Lunatic asylums United Prov. 1922-30 - 1922-1930
Year: 1922
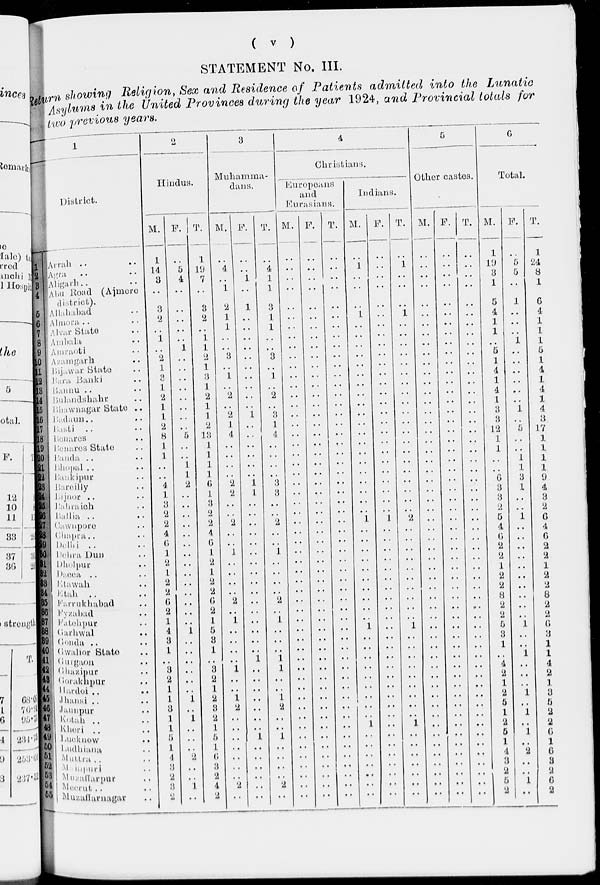
( v )
STATEMENT No. III.
Return showing Religion, Sex and Residence of Patients admitted into the Lunatic
Asylums in the United Provinces during the year 1924, and Provincial totals for
two previous years.
1
District.
1
2
3
4
5
6
7
8
9
10
11
12 13
14
15
16
17
18
19
20
21
22
23
24
25
26
27
28
29
30
31
32
Arrah .. ..
Agra .. ..
Aligarh .. ..
Abu Road (Ajmere
district).
Allahabad ..
Almora .. ..
Alvar State ..
Ambala ..
Amraoti ..
Azamgarh ..
Bijawar State ..
Bara Banki ..
Bannu .. ..
Bulandshahr ..
Bhawnagar State ..
Badaun .. ..
Basti .. ..
Benares .. ..
Benares State ..
Banda .. ..
Bhopal .. ..
Bankipur ..
Bareilly ..
Bijnor .. ..
Bahraich ..
Ballia .. ...
Cawnpore .. ..
Chapra .. ..
Delhi .. ..
Dehra Dun ..
Dholpur .. ..
Dacca .. ..
Etawah ..
34
36
36
37
38
39
40
41 42
43
44
45
46
47 48
49
50
51
52
53 54
55
Etah .. ..
Farrukhabad ..
Fyzabad ..
Fatehpur ..
Garhwal ..
Gonda .. ..
Gawlior State ..
Gurgaon ..
Ghazipur ..
Gorakhpur ..
Hardoi .. ..
Jhansi .. ..
Jaunpur ..
Kotah .. ..
Kheri .. ..
Lucknow ..
Ludhiana ..
Muttra .. ..
Manipuri ..
Muzaffarpur ..
Meerut .. ..
Muzaffarnagar ..
2
Hindus.
M.
1
14
3
..
3
2
..
1
..
2
1
3
1
2
1
1
2
8
1
1
..
..
4
1
3
2
2
4
6
1
2
1
2
2
6
2
1
4
3
1
3
3
2
1
1
3 1
1
5
1
4
3
2
3
2
F.
..
5
4
..
..
..
1
..
1
..
..
..
..
..
..
..
..
5
..
..
1
1
2
..
..
..
..
..
..
..
..
..
..
..
..
..
..
1
..
..
..
..
..
..
1
..
1
..
..
..
2
..
..
1
..
T.
1
19
7
..
3
2
..
1
1
2
1
3
1
2
1
1
2
13
1
1
1
1
6
1
3
2
2
4
6
1
2
1
2
2
6
2
1
5
3
1
3
3
2
1
2
3
2
1
5
1
6
3
2
4
2
3
Muhammadans.
M.
..
4
..
1
2
1
1
..
..
3
..
1
..
2
..
2
1
4
..
..
..
..
2
2
..
..
2
..
..
1
..
..
..
..
2
..
1
..
..
..
..
1
..
..
1
2
..
..
..
..
..
..
..
2
..
F.
..
..
1
..
1
..
..
..
..
..
..
..
..
..
..
1
..
..
..
..
..
..
1
1
..
..
..
..
..
..
..
..
..
..
..
..
..
..
..
..
1
..
..
..
..
..
..
..
1
..
..
..
..
..
..
T.
..
4
1
1
3
1
1
..
..
3
..
1
..
2
..
3
1
4
..
..
..
..
3
3
..
..
2
..
..
1
..
..
..
..
2
..
1
..
..
..
1
1
..
..
1
2
..
..
1
..
..
..
..
2
..
4
Christians.
Europeans
and
Eurasians.
M.
..
..
..
..
..
..
..
..
..
..
..
..
..
..
..
..
..
..
..
..
..
..
..
..
..
..
..
..
..
..
..
..
..
..
..
..
..
..
..
..
..
..
..
..
..
..
..
..
..
..
..
..
..
..
..
F.
..
..
..
..
..
..
..
..
..
..
..
..
..
..
..
..
..
..
..
..
..
..
..
..
..
..
..
..
..
..
..
..
..
..
..
..
..
..
..
..
..
..
..
..
..
..
..
..
..
..
..
..
..
..
..
T.
..
..
..
..
..
..
..
..
..
..
..
..
..
..
..
..
..
..
..
..
..
..
..
..
..
..
..
..
..
..
..
..
..
..
..
..
..
..
..
..
..
..
..
..
..
..
..
..
..
..
..
..
..
..
..
Indians.
M.
..
1
..
..
..
1
..
..
..
..
..
..
..
..
..
..
..
..
..
..
..
..
..
..
..
..
1
..
..
..
..
..
..
..
..
..
..
1
..
..
..
..
..
..
..
..
..
1
..
..
..
..
..
..
..
F.
..
..
..
..
..
..
..
..
..
..
..
..
..
..
..
..
..
..
..
..
..
..
..
..
..
..
1
..
..
..
..
..
..
..
..
..
..
..
..
..
..
..
..
..
..
..
..
..
..
..
..
..
..
..
..
T.
..
1
..
..
..
1
..
..
..
..
..
..
..
..
..
..
..
..
..
..
..
..
..
..
..
..
2
..
..
..
..
..
..
..
..
..
..
1
..
..
..
..
..
..
..
..
..
1
..
..
..
..
..
..
..
5
Other castes.
M.
..
..
..
..
..
..
..
..
..
..
..
..
..
..
..
..
..
..
..
..
..
..
..
..
..
..
..
..
..
..
..
..
..
..
..
..
..
..
..
..
..
..
..
..
..
..
..
..
..
..
..
..
..
..
..
F.
..
..
..
..
..
..
..
..
..
..
..
..
..
..
..
..
..
..
..
..
..
..
..
..
..
..
..
..
..
..
..
..
..
..
..
..
..
..
..
..
..
..
..
..
..
..
..
..
..
..
..
..
..
..
..
T.
..
..
..
..
..
..
..
..
..
..
..
..
..
..
..
..
..
..
..
..
..
..
..
..
..
..
..
..
..
..
..
..
..
..
..
..
..
..
..
..
..
..
..
..
..
..
..
..
..
..
..
..
..
..
..
6
Total.
M.
1
19
3
1
5
4
1
1
..
5
1
4
1
4
1
3
3
12
1
1
..
..
6
3
3
2
5
4
6
2
2
1
2
2
8
2
2
5
3
1
..
4
2
1
2
5
1
2
5
1
4
3
2
5
2
F.
..
5
5
..
1
..
..
..
1
..
..
..
..
..
..
1
..
5
..
..
1
1
3
1
..
..
1
..
..
..
..
..
..
..
..
..
..
1
..
..
1
..
..
..
1
..
1
..
1
..
2
..
..
1
..
T.
1
24
8
1
6
4
1
1
1
5
1
4
1
4
1
4
3
17
1
1
1
1
9
4
3
2
6
4
6
2
2
1
2
2
8
2
2
6
3
1
1
4
2
1
3
5
2
2
6
1
6
3
2
6
2